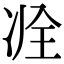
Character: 𠗎